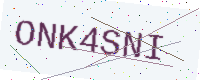
Text: ONK4SNI